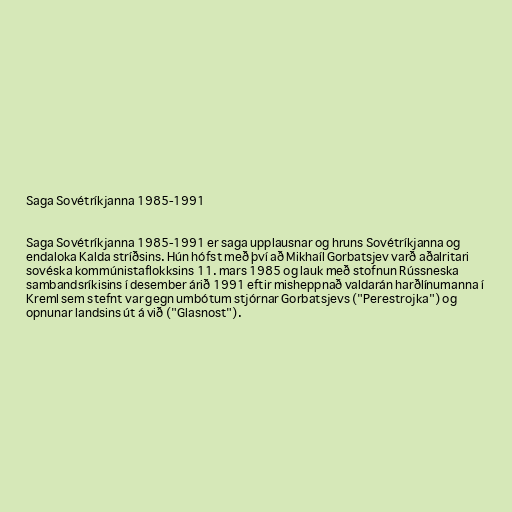
Saga Sovétríkjanna 1985-1991

Saga Sovétríkjanna 1985-1991 er saga upplausnar og hruns Sovétríkjanna og
endaloka Kalda stríðsins. Hún hófst með því að Mikhaíl Gorbatsjev varð aðalritari
sovéska kommúnistaflokksins 11. mars 1985 og lauk með stofnun Rússneska
sambandsríkisins í desember árið 1991 eftir misheppnað valdarán harðlínumanna í
Kreml sem stefnt var gegn umbótum stjórnar Gorbatsjevs ("Perestrojka") og
opnunar landsins út á við ("Glasnost").